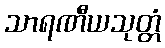
သာရဏီယသုတ္တံ